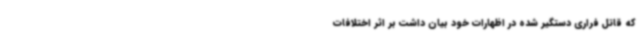
که قاتل فراری دستگیر شده در اظهارات خود بیان داشت بر اثر اختلافات